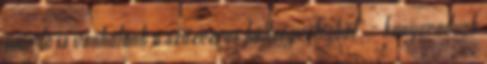
már le is vonhatunk a százezres költségvetésből" - kanyarodunk